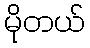
မိုတယ်